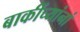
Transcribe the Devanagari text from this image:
बाकींच्यांनां